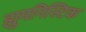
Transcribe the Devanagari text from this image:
ह्युमनिस्टिक